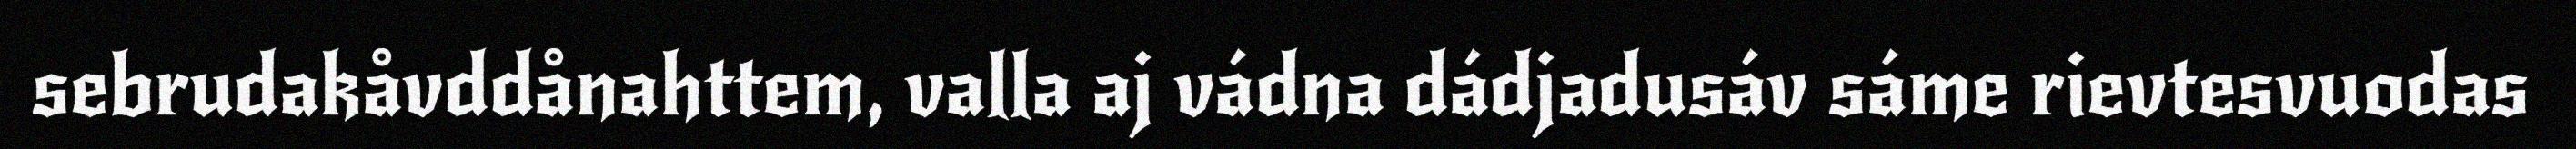
sebrudakåvddånahttem, valla aj vádna dádjadusáv sáme rievtesvuodas